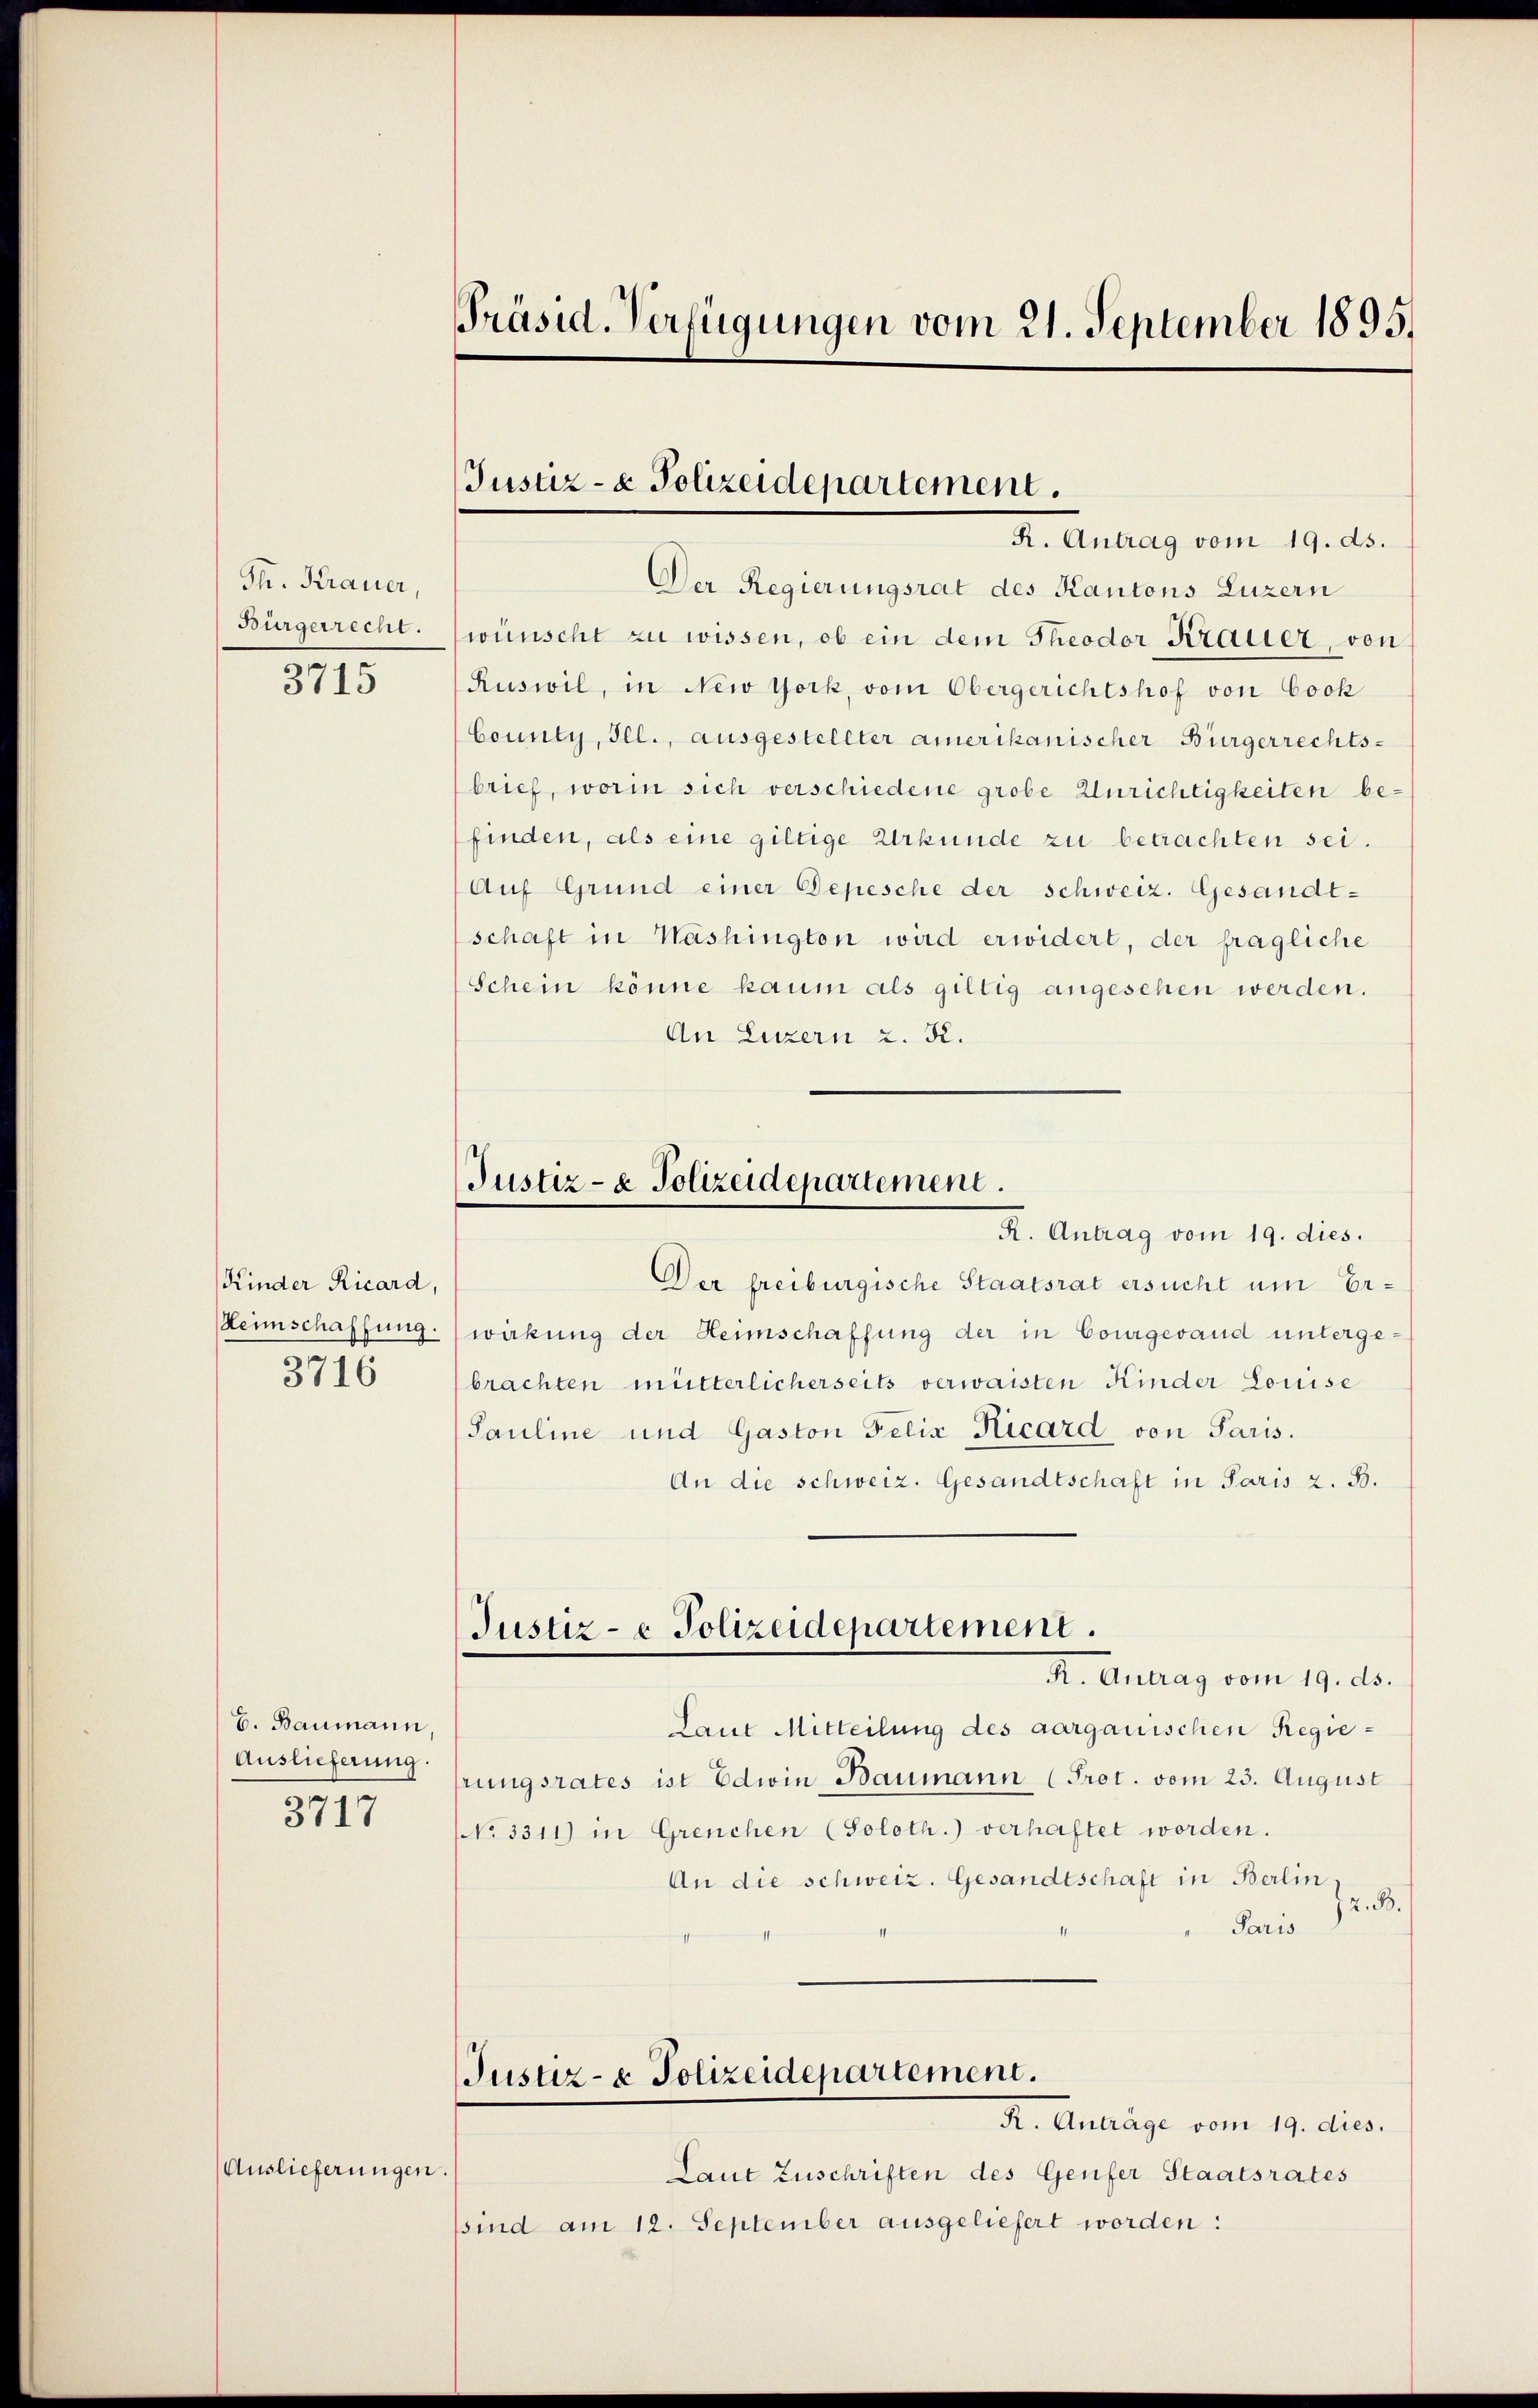
Th. Krauer,
Bürgerrecht.

3715

Kinder Ricard,
Heimschaffung.
3716

b. Baumann,
Auslieferung
3717

Auslieferungen.

Präsid. Verfügungen vom 21. September 1895.

Justiz- & Polizeidepartement.
R. Antrag vom 19. ds.

Der Regierungsrat des Kantons Luzern
wünscht zu wissen, ob ein dem Theodor Krauer, von
Ruswil, in New York, vom Obergerichtshof von Cook
County, Ill., ausgestellter amerikanischer Bürgerrechtsbrief, worin sich verschiedene grobe Unrichtigkeiten befinden, als eine giltige Urkunde zu betrachten sei.
Auf Grund einer Depesche der schweiz. Gesandt-
schaft in Washington wird erwidert, der fragliche
Schein könne kaum als giltig angesehen werden.
An Luzern 2. K.

Justiz- & Polizeidepartement.
K. Antrag vom 19. dies.

Justiz- & Polizeidepartement.

Der freiburgische Staatsrat ersucht um Erwakung der Heimschaffung der in Courgewand untergebrachten mütterlicherseits verwaisten Kinder Louise
Pauline und Gaston Felix Kicard von Paris.
An die schweiz. Gesandtschaft in Paris z. B.
R. Antrag vom 19. ds.
Laut Mitteilung des aargauischen Regierungsrates ist Edwin Baumann (Prot. vom 23. August
NNo. 3311) in Greuchen (Soloth.) verhaftet worden.
An die schweiz. Gesandtschaft in Berlin,
12. B.
Paris
Justiz- & Polizeidepartement.
R. Anträge vom 19. dies.
Laut Zuschriften des Genfer Staatsrates
sind am 12. September ausgeliefert worden: